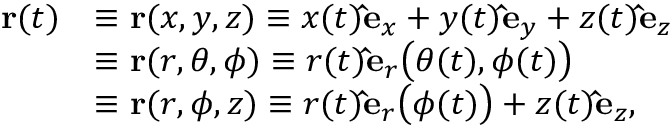
{ \begin{array} { r l } { \mathbf { r } ( t ) } & { \equiv \mathbf { r } ( x , y , z ) \equiv x ( t ) \mathbf { \hat { e } } _ { x } + y ( t ) \mathbf { \hat { e } } _ { y } + z ( t ) \mathbf { \hat { e } } _ { z } } \\ & { \equiv \mathbf { r } ( r , \theta , \phi ) \equiv r ( t ) \mathbf { \hat { e } } _ { r } { \big ( } \theta ( t ) , \phi ( t ) { \big ) } } \\ & { \equiv \mathbf { r } ( r , \phi , z ) \equiv r ( t ) \mathbf { \hat { e } } _ { r } { \big ( } \phi ( t ) { \big ) } + z ( t ) \mathbf { \hat { e } } _ { z } , } \end{array} }